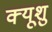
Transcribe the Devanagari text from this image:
क्यूशु